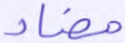
مضاد